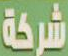
شركة